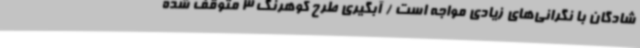
شادگان با نگرانی‌های زیادی مواجه است / آبگیری طرح کوهرنگ 3 متوقف شده